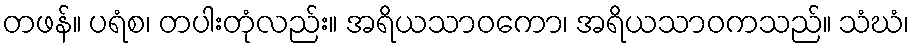
တဖန်။ ပရံစ၊ တပါးတုံလည်း။ အရိယသာဝကော၊ အရိယသာဝကသည်။ သံဃံ၊